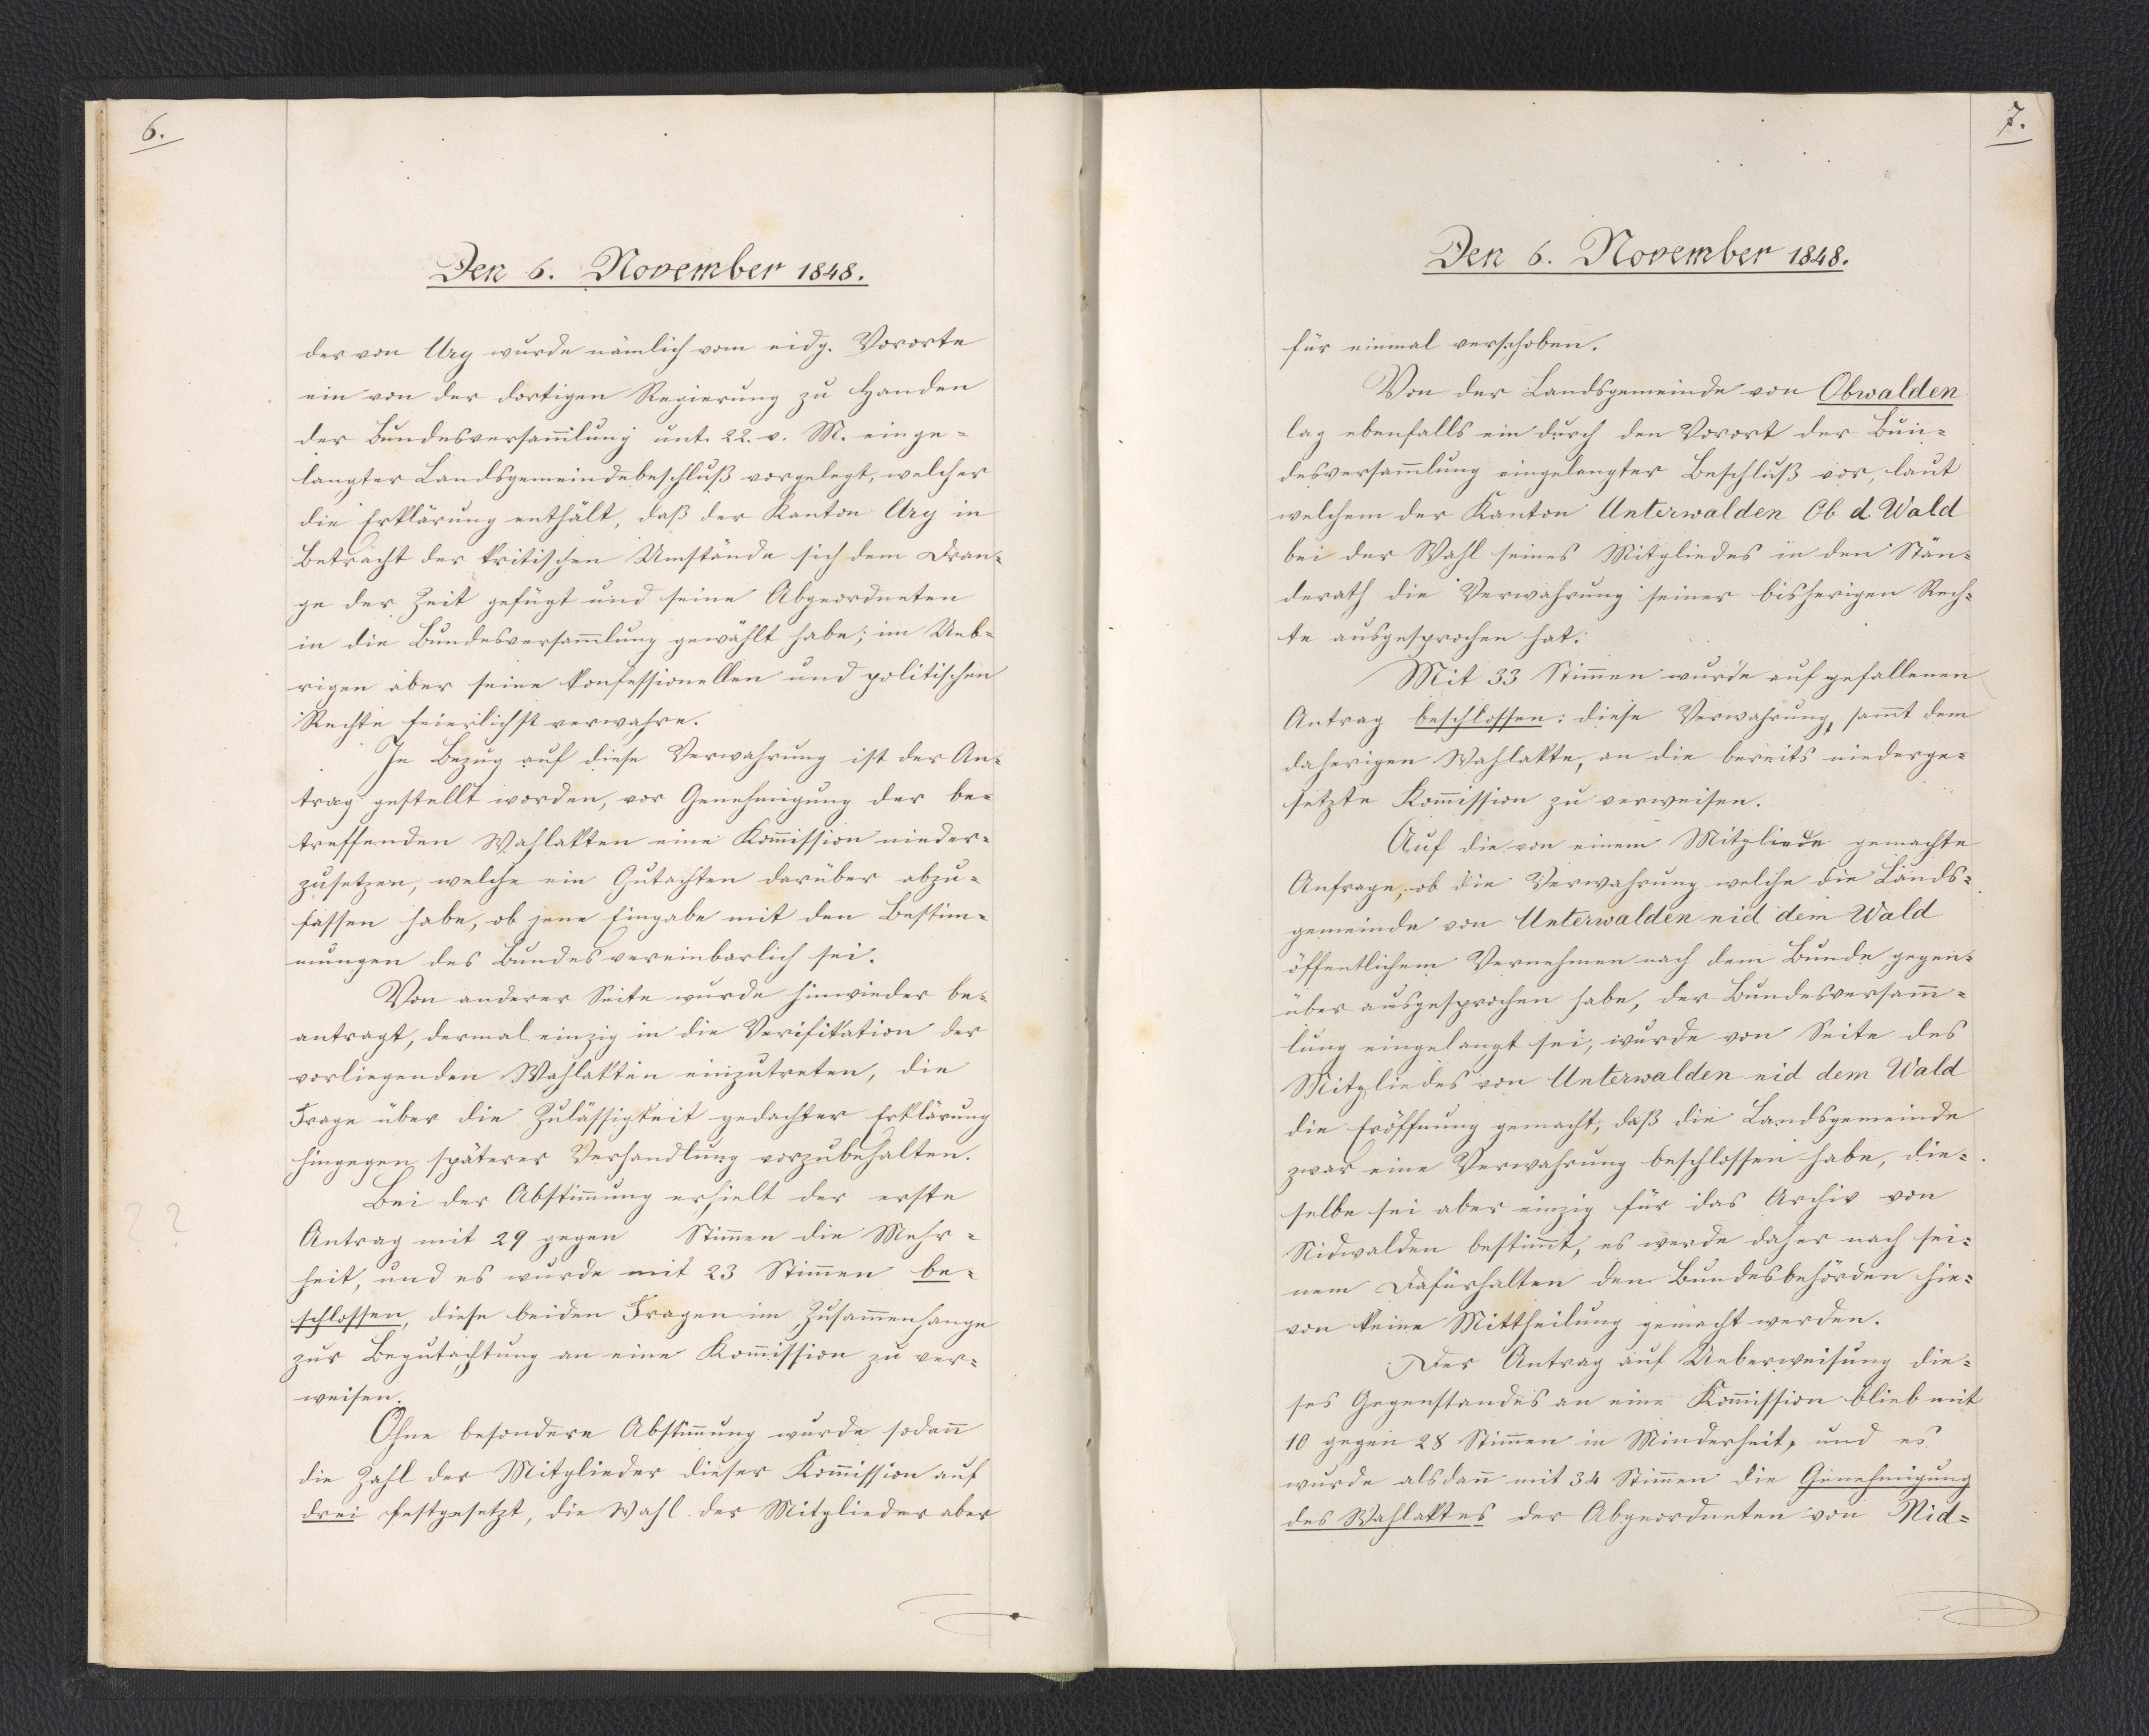
6.

Den 6. November 1848.

der von Ury wurde nämlich vom eidg. Vororte
ein von der dortigen Regierung zu Handen
der Bundesversammlung unt. 22. v. M. einge¬
langter Landsgemeindebeschluß vorgelegt, welcher
die Erklärung enthalt, daß der Kanton Ury in
Betracht der kritischen Umstände sich dem Dran¬
ge der Zeit gefügt und seine Abgeordneten
in die Bundesversammlung gewählt habe; im Ueb¬
rigen aber seine konfessionellen und politischen
Rechte feierlichst verwahre.
In Bezug auf diese Verwahrung ist der An¬
trag gestellt worden, vor Genehmigung der be¬
treffenden Wahlakten eine Kommission nieder¬
zusetzen, welche ein Gutachten darüber abzu¬
fassen habe, ob jene Eingabe mit den Bestim¬
mungen des Bundes vereinbarlich sei.
Von anderer Seite wurde hinwieder be¬
antragt, dermal einzig in die Verifikation der
vorliegenden Wahlakten einzutreten, die
Frage über die Zulässigkeit gedachter Erklärung
hingegen späterer Verhandlung vorzubehalten.
Bei der Abstimmung erhielt der erste
Antrag mit 29 gegen Stimmen die Mehr¬
heit, und es wurde mit 23 Stimmen be¬
schlossen, diese beiden Fragen im Zusammenhange
zur Begutachtung an eine Kommission zu ver¬
weisen.
Ohne besondere Abstimmung wurde sodann
die Zahl der Mitglieder dieser Kommission auf
drei festgesetzt, die Wahl der Mitglieder aber

7.

Den 6. November 1848.

für einmal verschoben.
Von der Landsgemeinde von Obwalden
lag ebenfalls ein durch den Vorort der Bun¬
desversammlung eingelangter Beschluß vor, laut
welchem der Kanton Unterwalden Ob d. Wald
bei der Wahl seines Mitgliedes in den Stän¬
derath die Verwahrung seiner bisherigen Rech¬
te ausgesprochen hat.
Mit 33 Stimmen wurde auf gefallenen
Antrag beschlossen: diese Verwahrung, sammt dem
daherigen Wahlakte, an die bereits niederge¬
setzte Kommission zu verweisen.
Auf die von einem Mitgliede gemachte
Anfrage; ob die Verwahrung welche die Lands¬
gemeinde von Unterwalden nid dem Wald
öffentlichem Vernehmen nach dem Bunde gegen¬
über ausgesprochen habe, der Bundesversamm¬
lung eingelangt sei, wurde von Seite des
Mitgliedes von Unterwalden nid dem Wald
die Eröffnung gemacht, daß die Landsgemeinde
zwar eine Verwahrung beschlossen habe, die¬
selbe sei aber einzig für das Archiv von
Nidwalden bestimmt, es werde daher nach sei¬
nem Dafürhalten den Bundesbehörden hie¬
von keine Mittheilung gemacht werden.
Der Antrag auf Ueberweisung die¬
ses Gegenstandes an eine Kommission blieb mit
10 gegen 28 Stimmen in Minderheit, und es
wurde alsdann mit 34 Stimmen die Genehmigung
des Wahlaktes der Abgeordneten von Nid¬